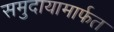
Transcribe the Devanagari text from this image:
समुदायामार्फत